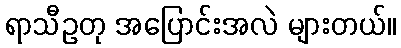
ရာသီဥတု အပြောင်းအလဲ များတယ်။